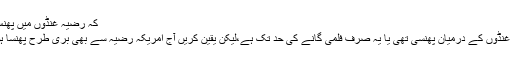
کہ رضیہ غنڈوں میں پھنس گئی
رضیہ غنڈوں کے درمیان پھنسی تھی یا یہ صرف فلمی گانے کی حد تک ہے،لیکن یقین کریں آج امریکہ رضیہ سے بھی بُری طرح پھنسا ہوا ہے۔